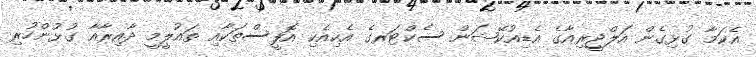
އެކަމާ ގުޅިގެން އަލްޖީރިއާގެ އެޑިއުކޭޝަން ސެކްޓަރގެ އެކިއެކި އޮފީސްތަކާއި ތައުލީމީ ދާއިރާއާ ގުޅުންހުރި